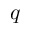
q